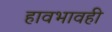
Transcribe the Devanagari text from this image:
हावभावही